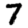
Digit: 7